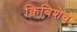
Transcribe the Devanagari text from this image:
क्विबिशेव